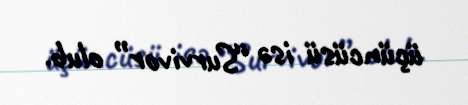
üçüncüsü isə “Survivor” olub.